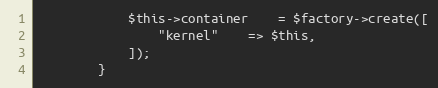
Language: PHP
            $this->container    = $factory->create([
                "kernel"    => $this,
            ]);
        }